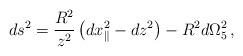
LaTeX: \begin{align*}ds^2 = \frac{R^2}{z^2}\left(dx_{\parallel}^2 -dz^2\right) -R^2 d\Omega_5^2\, ,\end{align*}